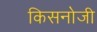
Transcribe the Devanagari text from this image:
किसनोजी